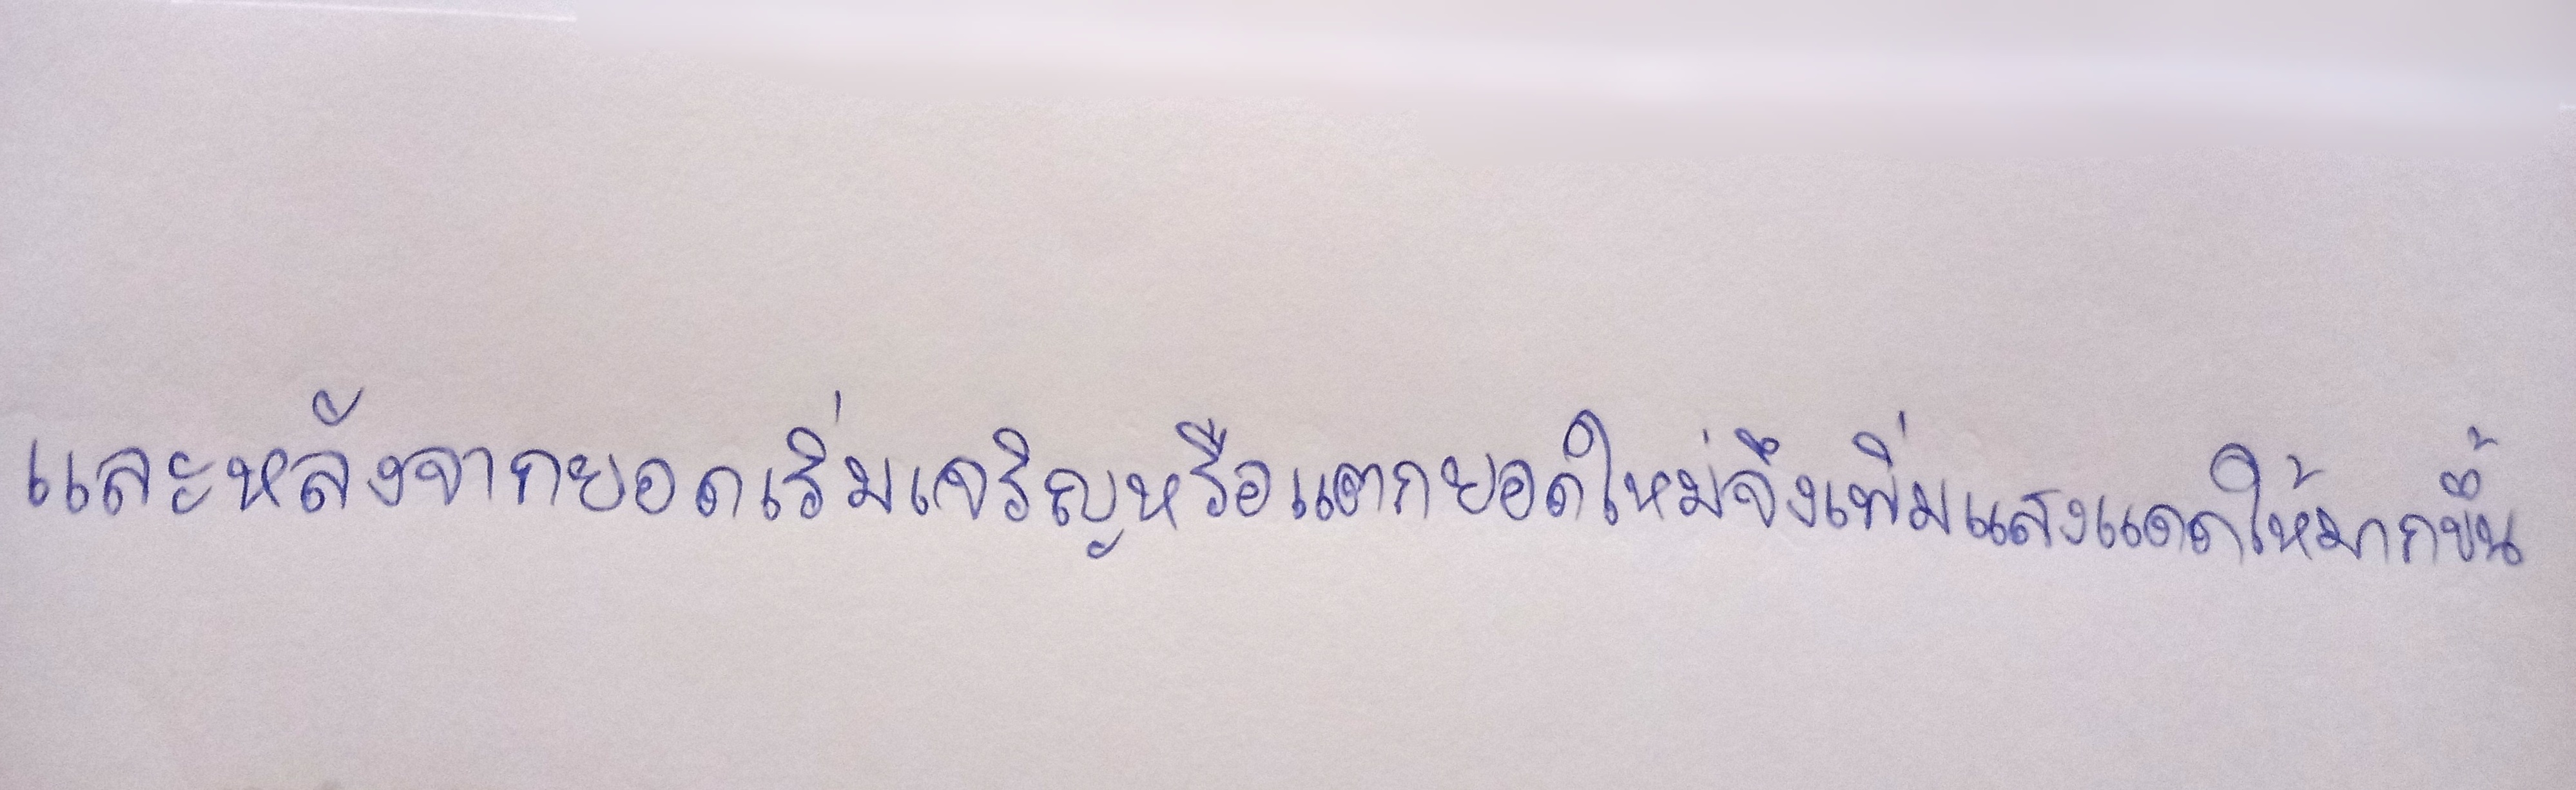
และหลังจากยอดเริ่มเจริญหรือแตกยอดใหม่จึงเพิ่มแสงแดดให้มากขึ้น